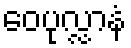
ဝေပုလ္လာနံ